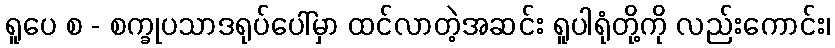
ရူပေ စ - စက္ခုပသာဒရုပ်ပေါ်မှာ ထင်လာတဲ့အဆင်း ရူပါရုံတို့ကို လည်းကောင်း၊